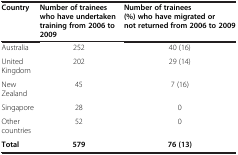
<table><thead><tr><td><b>Country</b></td><td><b>Number of trainees who have undertaken training from 2006 to 2009</b></td><td><b>Number of trainees (%) who have migrated or not returned from 2006 to 2009</b></td></tr></thead><tbody><tr><td>Australia</td><td>252</td><td>40 (16)</td></tr><tr><td>United Kingdom</td><td>202</td><td>29 (14)</td></tr><tr><td>New Zealand</td><td>45</td><td>7 (16)</td></tr><tr><td>Singapore</td><td>28</td><td>0</td></tr><tr><td>Other countries</td><td>52</td><td>0</td></tr><tr><td><b>Total</b></td><td><b>579</b></td><td><b>76 (13)</b></td></tr></tbody></table>